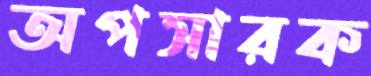
অপসারক